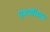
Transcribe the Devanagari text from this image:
घृताचीच्या